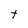
Character: t